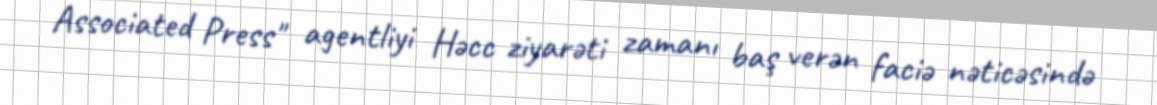
Associated Press" agentliyi Həcc ziyarəti zamanı baş verən faciə nəticəsində